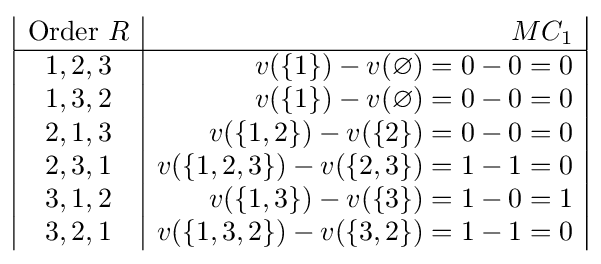
{\begin{array}{|c|r|}{\text{Order }}R\,\!&MC_{1}\\\hline {1,2,3}&v(\{1\})-v(\varnothing )=0-0=0\\{1,3,2}&v(\{1\})-v(\varnothing )=0-0=0\\{2,1,3}&v(\{1,2\})-v(\{2\})=0-0=0\\{2,3,1}&v(\{1,2,3\})-v(\{2,3\})=1-1=0\\{3,1,2}&v(\{1,3\})-v(\{3\})=1-0=1\\{3,2,1}&v(\{1,3,2\})-v(\{3,2\})=1-1=0\end{array}}